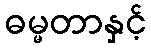
ဓမ္မတာနှင့်